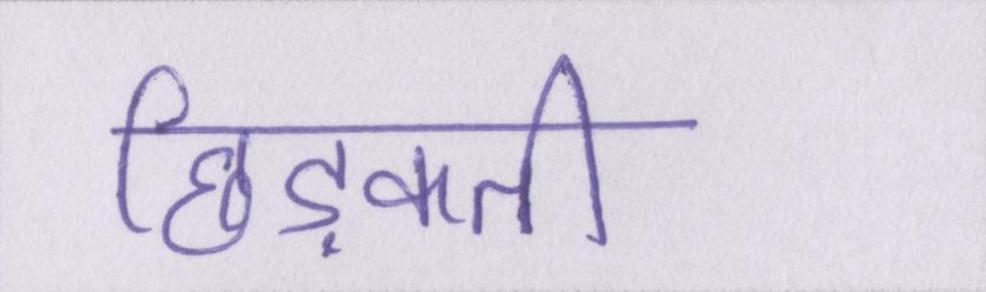
छिड़कती